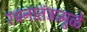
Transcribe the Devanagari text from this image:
रचनातंत्रामुळे